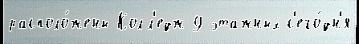
располо́жены Колл'едж 9-этажных с'его́дн'я